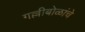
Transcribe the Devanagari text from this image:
गल्लीबोळांचे